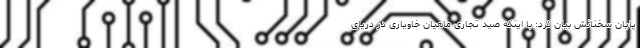
پایان سخنانش بیان کرد: با اینکه صید تجاری ماهیان خاویاری در دریای